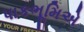
પાકભૂમિએ